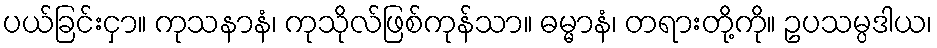
ပယ်ခြင်းငှာ။ ကုသနာနံ၊ ကုသိုလ်ဖြစ်ကုန်သာ။ ဓမ္မာနံ၊ တရားတို့ကို။ ဥပသမ္ပဒါယ၊